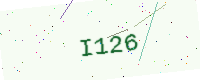
Text: I126